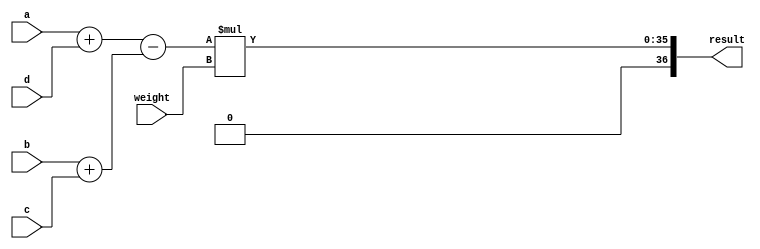
//--------------------------------------------------------------------------------------------
//
// Generated by X-HDL VHDL Translator - Version 2.0.0 Feb. 1, 2011
// ?? ?? 29 2018 17:21:41
//
//      Input file      : 
//      Component name  : rect_calc
//      Author          : 
//      Company         : 
//
//      Description     : 
//
//
//--------------------------------------------------------------------------------------------


module rect_calc(
   weight,
   a,
   b,
   c,
   d,
   result
);
   input [14:0]  weight;		//signed input
   input [19:0]  a;		//unsigned input
   input [19:0]  b;		//unsigned input
   input [19:0]  c;		//unsigned input
   input [19:0]  d;		//unsigned input
   //maximum signed multiplier output requires a bit width of (multiplier_bit_width+multplicand_bit_width)
   output [36:0] result;		//signed result
   
   
   //rect0 calc
   //weight*([r0+r3]-[r1+r2])
   
   //rect adder0 ... a+d ... result is signed to facilitate signed multiplicaiton
   //rect adder1 ... b+c ... result is signed to facilitate signed multiplicaiton
   //rect adder2(subtractor) ... adder0_result-adder1_result ... always a positive number since (r0+r3)>(r1+r2) always ... result is signed to facilitate signed multiplicaiton
   //rect multiplier (SLL) ... weight determines a scalar and a sign ... result is a signed
   
   wire [20:0]   result_add0;		// MSbit is carry from add0
   wire [20:0]   result_add1;		// MSbit is carry from add1
   wire [20:0]   result_sub0;
   wire [21:0]   result_sub0_extend;
   
   assign result_add0 = (({1'b0, a}) + ({1'b0, d}));
   
   assign result_add1 = (({1'b0, b}) + ({1'b0, c}));
   
   assign result_sub0 = (result_add0 - result_add1);
   
   // must extend the unsigned sub0 result to a signed result
   assign result_sub0_extend[21] = 1'b0;		// MSbit is always positive
   assign result_sub0_extend[20:0] = result_sub0;
   
   assign result = result_sub0_extend*weight;
   
endmodule